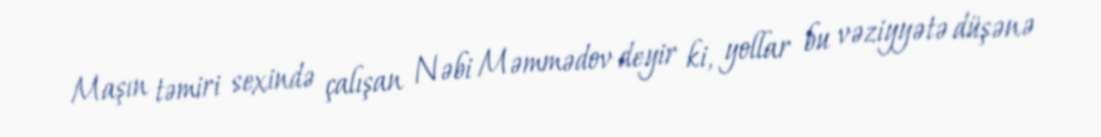
Maşın təmiri sexində çalışan Nəbi Məmmədov deyir ki, yollar bu vəziyyətə düşənə